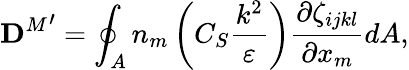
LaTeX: {\mathbf{D}^{M}}^{\prime}=\oint_{A}n_{m}\left(C_{S}\frac{k^{2}}{\varepsilon}\right)\frac{\partial\zeta_{ijkl}}{\partial x_{m}}dA,